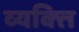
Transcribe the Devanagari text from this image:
व्‍यक्त्‍िा